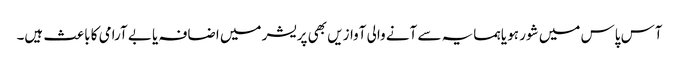
آس پاس میں شور ہو یا ہمسایہ سے آنے والی آوازیں بھی پریشر میں اضافہ یا بے آرامی کا باعث ہیں۔